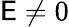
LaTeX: \mathsf{E}\ne0